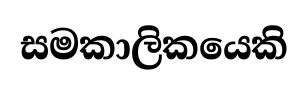
සමකාලිකයෙකි